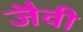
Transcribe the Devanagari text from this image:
जैवी